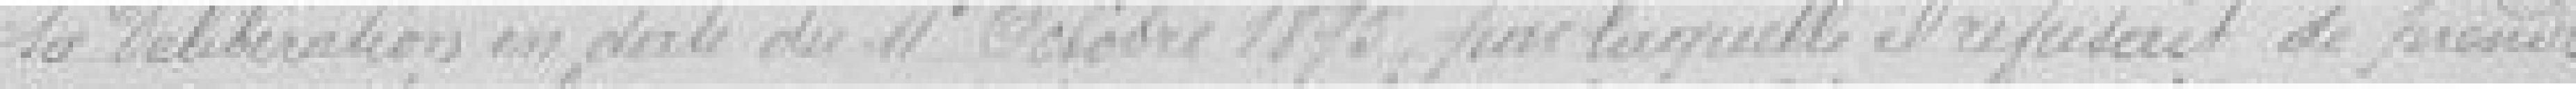
sa délibération en date du 11 octobre 1895, par laquelle il refusait de prendre